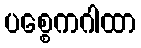
ပစ္စေကဂါထာ